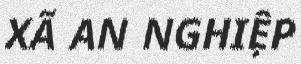
XÃ AN NGHIỆP